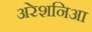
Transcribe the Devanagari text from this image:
अरेशनिआ